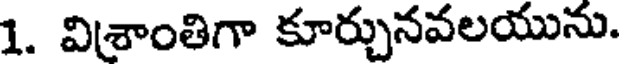
1. విశ్రాంతిగా కూర్చునవలయును.